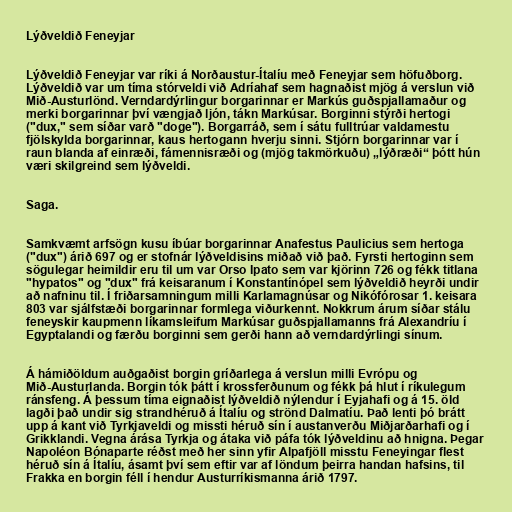
Lýðveldið Feneyjar

Lýðveldið Feneyjar var ríki á Norðaustur-Ítalíu með Feneyjar sem höfuðborg.
Lýðveldið var um tíma stórveldi við Adríahaf sem hagnaðist mjög á verslun við
Mið-Austurlönd. Verndardýrlingur borgarinnar er Markús guðspjallamaður og
merki borgarinnar því vængjað ljón, tákn Markúsar. Borginni stýrði hertogi
("dux," sem síðar varð "doge"). Borgarráð, sem í sátu fulltrúar valdamestu
fjölskylda borgarinnar, kaus hertogann hverju sinni. Stjórn borgarinnar var í
raun blanda af einræði, fámennisræði og (mjög takmörkuðu) „lýðræði“ þótt hún
væri skilgreind sem lýðveldi.

Saga.

Samkvæmt arfsögn kusu íbúar borgarinnar Anafestus Paulicius sem hertoga
("dux") árið 697 og er stofnár lýðveldisins miðað við það. Fyrsti hertoginn sem
sögulegar heimildir eru til um var Orso Ipato sem var kjörinn 726 og fékk titlana
"hypatos" og "dux" frá keisaranum í Konstantínópel sem lýðveldið heyrði undir
að nafninu til. Í friðarsamningum milli Karlamagnúsar og Nikófórosar 1. keisara
803 var sjálfstæði borgarinnar formlega viðurkennt. Nokkrum árum síðar stálu
feneyskir kaupmenn líkamsleifum Markúsar guðspjallamanns frá Alexandríu í
Egyptalandi og færðu borginni sem gerði hann að verndardýrlingi sínum.

Á hámiðöldum auðgaðist borgin gríðarlega á verslun milli Evrópu og
Mið-Austurlanda. Borgin tók þátt í krossferðunum og fékk þá hlut í ríkulegum
ránsfeng. Á þessum tíma eignaðist lýðveldið nýlendur í Eyjahafi og á 15. öld
lagði það undir sig strandhéruð á Ítalíu og strönd Dalmatíu. Það lenti þó brátt
upp á kant við Tyrkjaveldi og missti héruð sín í austanverðu Miðjarðarhafi og í
Grikklandi. Vegna árása Tyrkja og átaka við páfa tók lýðveldinu að hnigna. Þegar
Napoléon Bónaparte réðst með her sinn yfir Alpafjöll misstu Feneyingar flest
héruð sín á Ítalíu, ásamt því sem eftir var af löndum þeirra handan hafsins, til
Frakka en borgin féll í hendur Austurríkismanna árið 1797.